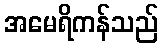
အမေရိကန်သည်